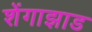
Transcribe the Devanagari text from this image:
शेंगाझाड